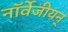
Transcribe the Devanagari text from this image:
नॉर्वेजीयन्